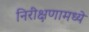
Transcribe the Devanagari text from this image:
निरीक्षणामध्ये